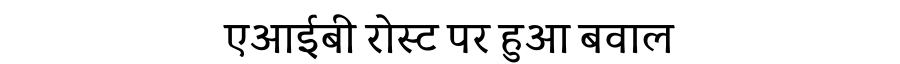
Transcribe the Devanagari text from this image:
एआईबी रोस्ट पर हुआ बवाल